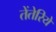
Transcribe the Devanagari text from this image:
तेंतेरिये